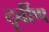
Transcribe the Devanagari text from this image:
दूर्बीण